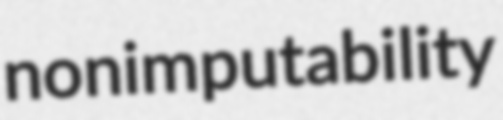
nonimputability